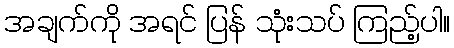
အချက်ကို အရင် ပြန် သုံးသပ် ကြည့်ပါ။